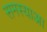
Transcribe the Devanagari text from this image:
समस्याआ